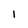
Character: 1